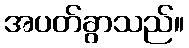
အပတ်ခွာသည်။